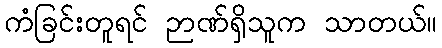
ကံခြင်းတူရင် ဉာဏ်ရှိသူက သာတယ်။